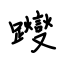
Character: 躞